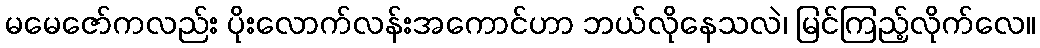
မမေဇော်ကလည်း ပိုးလောက်လန်းအကောင်ဟာ ဘယ်လိုနေသလဲ၊ မြင်ကြည့်လိုက်လေ။